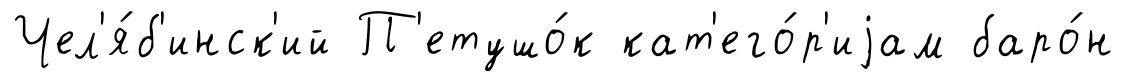
Чел'я́б'инск'ий П'етушо́к кат'его́р'иjам баро́н